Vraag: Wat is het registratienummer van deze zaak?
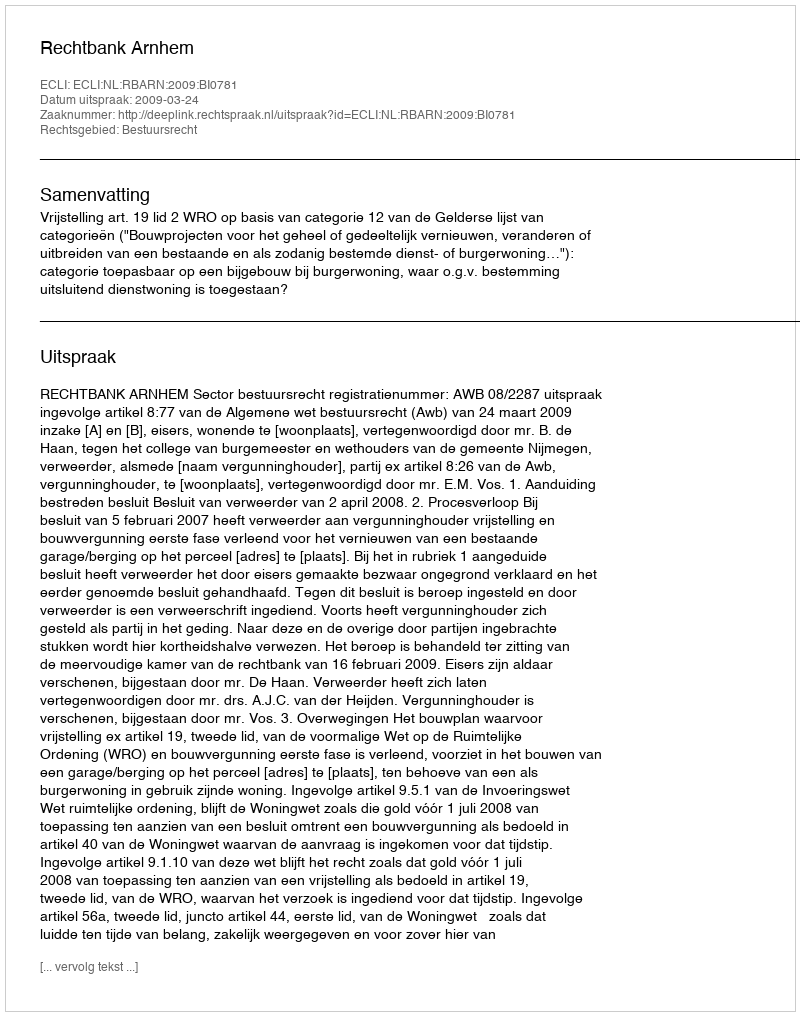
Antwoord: http://deeplink.rechtspraak.nl/uitspraak?id=ECLI:NL:RBARN:2009:BI0781